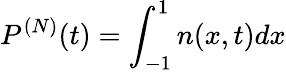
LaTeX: P^{(N)}(t)=\int_{-1}^{1}n(x,t)dx